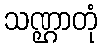
သဏ္ဌာတုံ